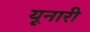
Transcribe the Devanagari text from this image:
यूनारी